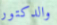
والدكتور